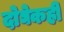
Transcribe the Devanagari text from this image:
दोघेकही